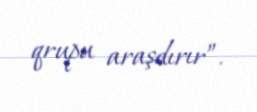
qrupu araşdırır”.